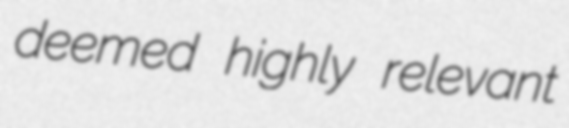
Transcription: deemed highly relevant